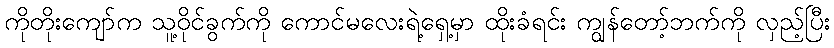
ကိုတိုးကျော်က သူ့ဝိုင်ခွက်ကို ကောင်မလေးရဲ့ရှေ့မှာ ထိုးခံရင်း ကျွန်တော့်ဘက်ကို လှည့်ပြီး